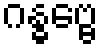
ဂန္ဓဗ္ဗေ